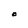
Character: O